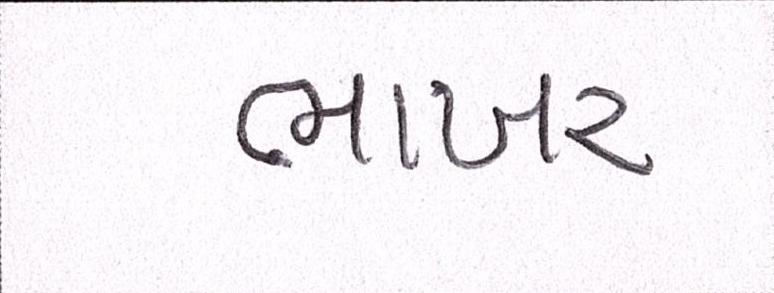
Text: ભાખર